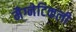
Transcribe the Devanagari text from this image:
मैग्नेटिकली